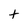
Character: t